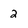
Character: 2